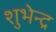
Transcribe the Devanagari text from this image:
शुभेन्द्र